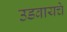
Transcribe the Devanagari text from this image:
उडवायचे